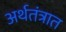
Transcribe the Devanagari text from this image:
अर्थतंत्रात